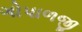
ગોપાળજી